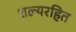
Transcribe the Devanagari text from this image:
शल्यरहित